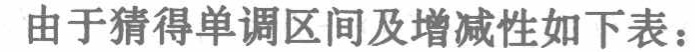
由于猜得单调区间及增减性如下表：